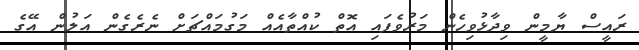
ރައީސް ޔާމީން ވިދާޅުވިހެން މަރުވެފައި އޮތް ކުއްތާއެއް މަގުމައްޗަށް ނެރެގެން އަލުން އޭގެ